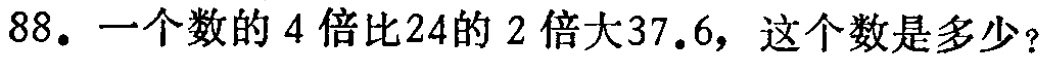
88. 一个数的 4 倍比24的 2 倍大37.6，这个数是多少？